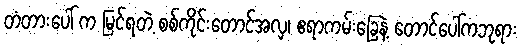
တံတားပေါ် က မြင်ရတဲ့ စစ်ကိုင်းတောင်အလှ၊ ဧရာကမ်းခြေနဲ့ တောင်ပေါ်ကဘုရား